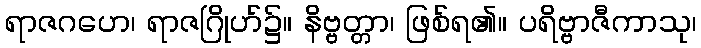
ရာဇဂဟေ၊ ရာဇဂြိုဟ်၌။ နိဗ္ဗတ္တာ၊ ဖြစ်ရ၏။ ပရိဗ္ဗာဇီကာသု၊